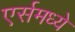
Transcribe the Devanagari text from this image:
एर्समध्ये